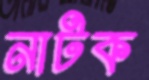
নাটক